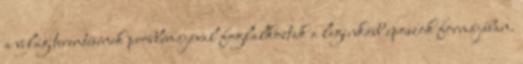
a világ teremtésének problémájával foglalkoztak a leginkább eposzok formájában.